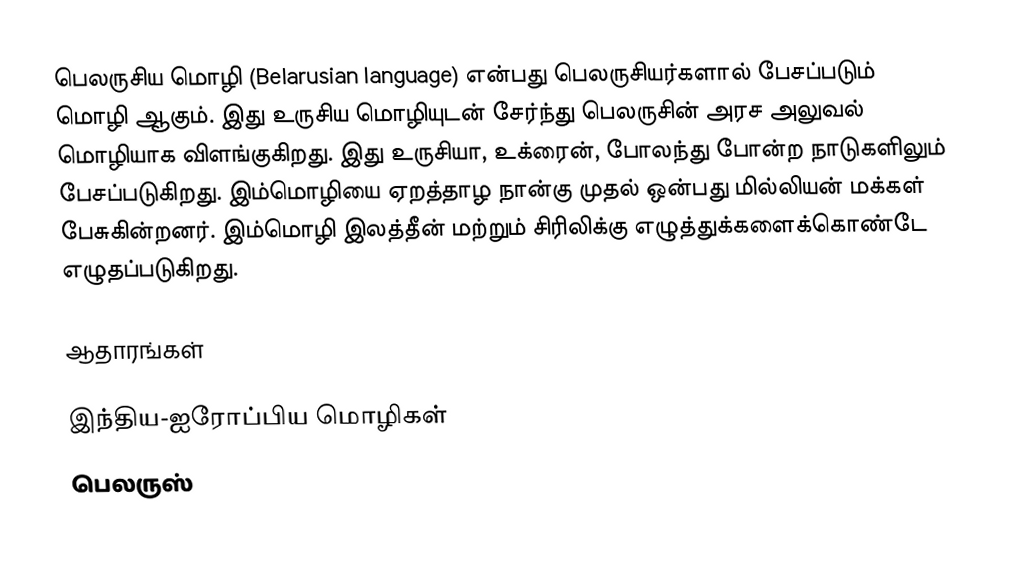
பெலருசிய மொழி (Belarusian language) என்பது பெலருசியர்களால் பேசப்படும் மொழி ஆகும். இது உருசிய மொழியுடன் சேர்ந்து பெலருசின் அரச அலுவல் மொழியாக விளங்குகிறது.  இது உருசியா, உக்ரைன்,  போலந்து போன்ற நாடுகளிலும் பேசப்படுகிறது. இம்மொழியை ஏறத்தாழ நான்கு முதல் ஒன்பது மில்லியன் மக்கள் பேசுகின்றனர். இம்மொழி இலத்தீன் மற்றும் சிரிலிக்கு எழுத்துக்களைக்கொண்டே எழுதப்படுகிறது.

ஆதாரங்கள்

இந்திய-ஐரோப்பிய மொழிகள்
பெலருஸ்